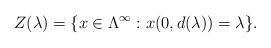
LaTeX: \begin{align*}Z(\lambda)=\{x\in \Lambda^\infty : x(0, d(\lambda))=\lambda\}.\end{align*}